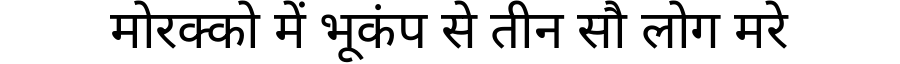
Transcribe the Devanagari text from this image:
मोरक्को में भूकंप से तीन सौ लोग मरे